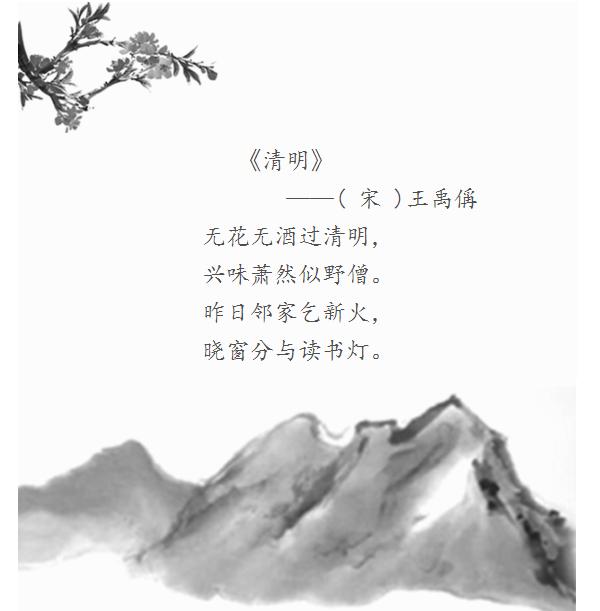
听风听雨过清明。愁草瘗花铭。